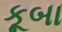
કૂબા